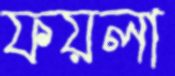
ফয়লা